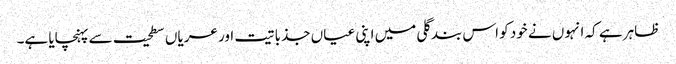
ظاہر ہے کہ انہوں نے خود کو اس بند گلی میں اپنی عیاں جذباتیت اور عریاں سطحیت سے پہنچایا ہے۔